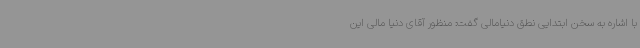
با اشاره به سخن ابتدایی نطق دنیامالی گفت: منظور آقای دنیا مالی این